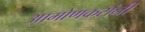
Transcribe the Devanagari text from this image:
आमोणकरांनी